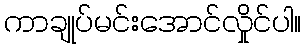
ကာချုပ်မင်းအောင်လှိုင်ပါ။